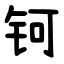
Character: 钶